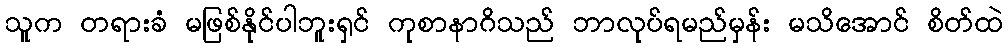
သူက တရားခံ မဖြစ်နိုင်ပါဘူးရှင် ကုစာနာဂိသည် ဘာလုပ်ရမည်မှန်း မသိအောင် စိတ်ထဲ